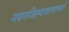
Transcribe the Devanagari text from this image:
नयनजिह्वाघ्राणात्मने